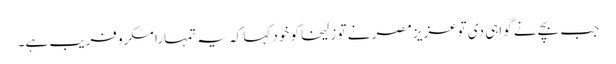
جب بچے نے گواہی دی توعزیز مصر نے تو زلیخا کو خود کہا کہ یہ تمہارا مکرو فریب ہے۔